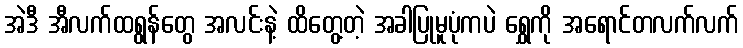
အဲဒီ အီလက်ထရွန်တွေ အလင်းနဲ့ ထိတွေ့တဲ့ အခါပြုမူပုံကပဲ ရွှေကို အရောင်တလက်လက်